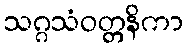
သဂ္ဂသံဝတ္တနိကာ